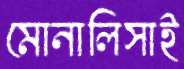
মোনালিসাই